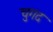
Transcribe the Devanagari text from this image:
चुगद